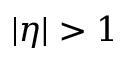
| \eta | > 1